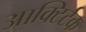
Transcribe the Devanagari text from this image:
आक्टिर्टक